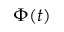
\Phi ( t )